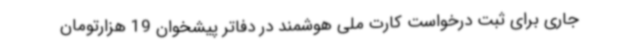
جاری برای ثبت درخواست کارت ملی هوشمند در دفاتر پیشخوان 19 هزارتومان